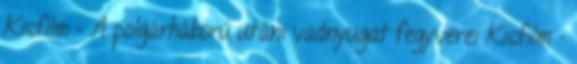
Kisfilm - A polgárháború utáni vadnyugat fegyverei Kisfilm -